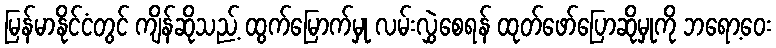
မြန်မာနိုင်ငံတွင် ကျိန်ဆိုသည့် ထွက်မြောက်မှု လမ်းလွှဲစေရန် ထုတ်ဖော်ပြောဆိုမှုကို ဘရော့ဝေး